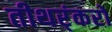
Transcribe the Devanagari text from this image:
तीथर्ंकरों